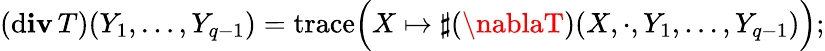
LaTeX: (\operatorname{d\mathbf{i}\mathbf{v}}T)(Y_{1},\ldots,Y_{q-1})={\operatorname{trace}}{\Big(}X\mapsto\sharp(\nablaT)(X,\cdot,Y_{1},\ldots,Y_{q-1}){\Big)};